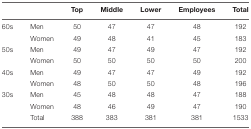
<table><thead><tr><td></td><td></td><td><b>Top</b></td><td><b>Middle</b></td><td><b>Lower</b></td><td><b>Employees</b></td><td><b>Total</b></td></tr></thead><tbody><tr><td>60s</td><td>Men</td><td>50</td><td>47</td><td>47</td><td>48</td><td>192</td></tr><tr><td></td><td>Women</td><td>49</td><td>48</td><td>41</td><td>45</td><td>183</td></tr><tr><td>50s</td><td>Men</td><td>49</td><td>47</td><td>49</td><td>47</td><td>192</td></tr><tr><td></td><td>Women</td><td>50</td><td>50</td><td>50</td><td>50</td><td>200</td></tr><tr><td>40s</td><td>Men</td><td>49</td><td>47</td><td>47</td><td>49</td><td>192</td></tr><tr><td></td><td>Women</td><td>48</td><td>50</td><td>50</td><td>48</td><td>196</td></tr><tr><td>30s</td><td>Men</td><td>45</td><td>48</td><td>48</td><td>47</td><td>188</td></tr><tr><td></td><td>Women</td><td>48</td><td>46</td><td>49</td><td>47</td><td>190</td></tr><tr><td></td><td>Total</td><td>388</td><td>383</td><td>381</td><td>381</td><td>1533</td></tr></tbody></table>